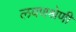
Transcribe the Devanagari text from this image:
लवणश्रेणी